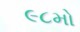
૯૮મો